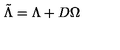
\tilde { \Lambda } = \Lambda + D \Omega